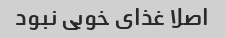
اصلا غذای خوبی نبود